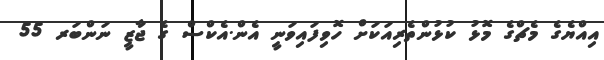
އިއްޔެގެ މެޗްގެ މޮޅު ކުޅުންތެރިއަކަށް ހޮވިފައިވަނީ އެން.އެކްސް ގެ ޖާޒީ ނަންބަރ 55